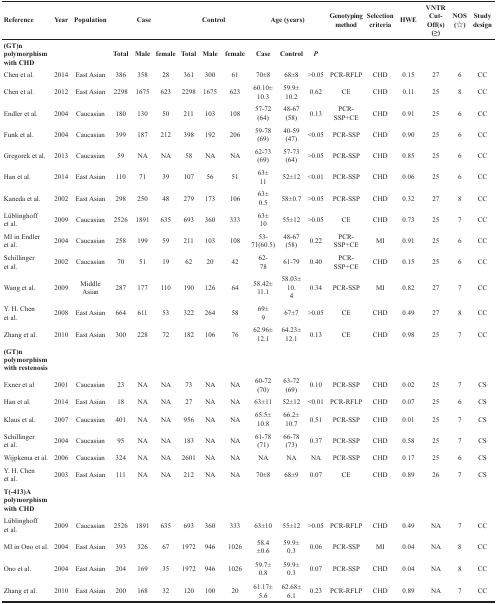
<table><thead><tr><td><b>Reference</b></td><td><b>Year</b></td><td><b>Population</b></td><td colspan="3"><b>Case</b></td><td colspan="3"><b>Control</b></td><td colspan="3"><b>Age (years)</b></td><td><b>Genotyping method</b></td><td><b>Selection criteria</b></td><td><b>HWE</b></td><td><b>VNTR Cut-Off(s) (≥)</b></td><td><b>NOS (☆)</b></td><td><b>Study design</b></td></tr></thead><tbody><tr><td><b>(GT)n polymorphism with CHD</b></td><td></td><td></td><td><b>Total</b></td><td><b>Male</b></td><td><b>female</b></td><td><b>Total</b></td><td><b>Male</b></td><td><b>female</b></td><td><b>Case</b></td><td><b>Control</b></td><td><b><i>P</i></b></td><td></td><td></td><td></td><td></td><td></td><td></td></tr><tr><td>Chen et al.</td><td>2014</td><td>East Asian</td><td>386</td><td>358</td><td>28</td><td>361</td><td>300</td><td>61</td><td>70±8</td><td>68±8</td><td>&gt;0.05</td><td>PCR-RFLP</td><td>CHD</td><td>0.15</td><td>27</td><td>6</td><td>CC</td></tr><tr><td>Chen et al.</td><td>2012</td><td>East Asian</td><td>2298</td><td>1675</td><td>623</td><td>2298</td><td>1675</td><td>623</td><td>60.10± 10.3</td><td>59.9± 10.2</td><td>0.62</td><td>CE</td><td>CHD</td><td>0.11</td><td>25</td><td>8</td><td>CC</td></tr><tr><td>Endler et al.</td><td>2004</td><td>Caucasian</td><td>180</td><td>130</td><td>50</td><td>211</td><td>103</td><td>108</td><td>57-72 (64)</td><td>48-67 (58)</td><td>0.13</td><td>PCR-SSP+CE</td><td>CHD</td><td>0.91</td><td>25</td><td>6</td><td>CC</td></tr><tr><td>Funk et al.</td><td>2004</td><td>Caucasian</td><td>399</td><td>187</td><td>212</td><td>398</td><td>192</td><td>206</td><td>59-78 (69)</td><td>40-59 (47)</td><td>&lt;0.05</td><td>PCR-SSP</td><td>CHD</td><td>0.90</td><td>25</td><td>6</td><td>CC</td></tr><tr><td>Gregorek et al.</td><td>2013</td><td>Caucasian</td><td>59</td><td>NA</td><td>NA</td><td>58</td><td>NA</td><td>NA</td><td>62-73 (69)</td><td>57-73 (64)</td><td>&gt;0.05</td><td>PCR-SSP</td><td>CHD</td><td>0.85</td><td>25</td><td>6</td><td>CC</td></tr><tr><td>Han et al.</td><td>2014</td><td>East Asian</td><td>110</td><td>71</td><td>39</td><td>107</td><td>56</td><td>51</td><td>63± 11</td><td>52±12</td><td>&lt;0.01</td><td>PCR-SSP</td><td>CHD</td><td>0.06</td><td>25</td><td>6</td><td>CC</td></tr><tr><td>Kaneda et al.</td><td>2002</td><td>East Asian</td><td>298</td><td>250</td><td>48</td><td>279</td><td>173</td><td>106</td><td>63± 0.5</td><td>58±0.7</td><td>&gt;0.05</td><td>PCR-SSP</td><td>CHD</td><td>0.32</td><td>27</td><td>8</td><td>CC</td></tr><tr><td>Lüblinghoff et al.</td><td>2009</td><td>Caucasian</td><td>2526</td><td>1891</td><td>635</td><td>693</td><td>360</td><td>333</td><td>63± 10</td><td>55±12</td><td>&gt;0.05</td><td>CE</td><td>CHD</td><td>0.73</td><td>25</td><td>7</td><td>CC</td></tr><tr><td>MI in Endler et al.</td><td>2004</td><td>Caucasian</td><td>258</td><td>199</td><td>59</td><td>211</td><td>103</td><td>108</td><td>53-71(60.5)</td><td>48-67 (58)</td><td>0.22</td><td>PCR-SSP+CE</td><td>MI</td><td>0.91</td><td>25</td><td>6</td><td>CC</td></tr><tr><td>Schillinger et al.</td><td>2002</td><td>Caucasian</td><td>70</td><td>51</td><td>19</td><td>62</td><td>20</td><td>42</td><td>62- 78</td><td>61-79</td><td>0.40</td><td>PCR-SSP+CE</td><td>CHD</td><td>0.15</td><td>25</td><td>6</td><td>CC</td></tr><tr><td>Wang et al.</td><td>2009</td><td>Middle Asian</td><td>287</td><td>177</td><td>110</td><td>190</td><td>126</td><td>64</td><td>58.42± 11.1</td><td>58.03± 10. 4</td><td>0.34</td><td>PCR-SSP</td><td>MI</td><td>0.82</td><td>27</td><td>7</td><td>CC</td></tr><tr><td>Y. H. Chen et al.</td><td>2008</td><td>East Asian</td><td>664</td><td>611</td><td>53</td><td>322</td><td>264</td><td>58</td><td>69± 9</td><td>67±7</td><td>&gt;0.05</td><td>CE</td><td>CHD</td><td>0.49</td><td>27</td><td>8</td><td>CC</td></tr><tr><td>Zhang et al.</td><td>2010</td><td>East Asian</td><td>300</td><td>228</td><td>72</td><td>182</td><td>106</td><td>76</td><td>62.96± 12.1</td><td>64.23± 12.1</td><td>0.13</td><td>CE</td><td>CHD</td><td>0.98</td><td>25</td><td>7</td><td>CC</td></tr><tr><td><b>(GT)n polymorphism with restenosis</b></td><td></td><td></td><td></td><td></td><td></td><td></td><td></td><td></td><td></td><td></td><td></td><td></td><td></td><td></td><td></td><td></td><td></td></tr><tr><td>Exner et al</td><td>2001</td><td>Caucasian</td><td>23</td><td>NA</td><td>NA</td><td>73</td><td>NA</td><td>NA</td><td>60-72 (70)</td><td>63-72 (69)</td><td>0.10</td><td>PCR-SSP</td><td>CHD</td><td>0.02</td><td>25</td><td>7</td><td>CS</td></tr><tr><td>Han et al.</td><td>2014</td><td>East Asian</td><td>18</td><td>NA</td><td>NA</td><td>27</td><td>NA</td><td>NA</td><td>63±11</td><td>52±12</td><td>&lt;0.01</td><td>PCR-RFLP</td><td>CHD</td><td>0.07</td><td>25</td><td>6</td><td>CS</td></tr><tr><td>Klaus et al.</td><td>2007</td><td>Caucasian</td><td>401</td><td>NA</td><td>NA</td><td>956</td><td>NA</td><td>NA</td><td>65.5± 10.8</td><td>66.2± 10.7</td><td>0.51</td><td>PCR-SSP</td><td>CHD</td><td>0.01</td><td>25</td><td>7</td><td>CS</td></tr><tr><td>Schillinger et al.</td><td>2004</td><td>Caucasian</td><td>95</td><td>NA</td><td>NA</td><td>183</td><td>NA</td><td>NA</td><td>61-78 (71)</td><td>66-78 (73)</td><td>0.37</td><td>PCR-SSP</td><td>CHD</td><td>0.58</td><td>25</td><td>7</td><td>CS</td></tr><tr><td>Wijpkema et al.</td><td>2006</td><td>Caucasian</td><td>324</td><td>NA</td><td>NA</td><td>2601</td><td>NA</td><td>NA</td><td>NA</td><td>NA</td><td>NA</td><td>PCR-SSP</td><td>CHD</td><td>0.17</td><td>25</td><td>6</td><td>CS</td></tr><tr><td>Y. H. Chen et al.</td><td>2003</td><td>East Asian</td><td>111</td><td>NA</td><td>NA</td><td>212</td><td>NA</td><td>NA</td><td>70±8</td><td>68±9</td><td>0.07</td><td>CE</td><td>CHD</td><td>0.89</td><td>26</td><td>7</td><td>CS</td></tr><tr><td><b>T(−413)A polymorphism with CHD</b></td><td></td><td></td><td></td><td></td><td></td><td></td><td></td><td></td><td></td><td></td><td></td><td></td><td></td><td></td><td></td><td></td><td></td></tr><tr><td>Lüblinghoff et al.</td><td>2009</td><td>Caucasian</td><td>2526</td><td>1891</td><td>635</td><td>693</td><td>360</td><td>333</td><td>63±10</td><td>55±12</td><td>&gt;0.05</td><td>PCR-RFLP</td><td>CHD</td><td>0.49</td><td>NA</td><td>7</td><td>CC</td></tr><tr><td>MI in Ono et al.</td><td>2004</td><td>East Asian</td><td>393</td><td>326</td><td>67</td><td>1972</td><td>946</td><td>1026</td><td>58.4 ±0.6</td><td>59.9± 0.3</td><td>0.06</td><td>PCR-SSP</td><td>MI</td><td>0.04</td><td>NA</td><td>8</td><td>CC</td></tr><tr><td>Ono et al.</td><td>2004</td><td>East Asian</td><td>204</td><td>169</td><td>35</td><td>1972</td><td>946</td><td>1026</td><td>59.7± 0.8</td><td>59.9± 0.3</td><td>0.07</td><td>PCR-SSP</td><td>CHD</td><td>0.04</td><td>NA</td><td>8</td><td>CC</td></tr><tr><td>Zhang et al.</td><td>2010</td><td>East Asian</td><td>200</td><td>168</td><td>32</td><td>120</td><td>100</td><td>20</td><td>61.17± 5.6</td><td>62.68± 6.1</td><td>0.23</td><td>PCR-RFLP</td><td>CHD</td><td>0.89</td><td>NA</td><td>7</td><td>CC</td></tr></tbody></table>